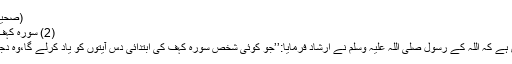
(صحیح مسلم8؍161،مسند احمد5؍190)
(2) سورہ کہف کی ابتدائی دس آیتوں کو یاد کرنا:
ابودرداء رضی اللہ عنہ سے مروی ہے کہ اللہ کے رسول صلی اللہ علیہ وسلم نے ارشاد فرمایا:’’جو کوئی شخص سورہ کہف کی ابتدائی دس آیتوں کو یاد کرلے گا،وہ دجال کے فتنہ سے محفوظ رہے گا‘‘۔